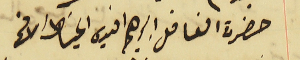
حضرة الفاضل ابرهيم افندي الخياط الافحم